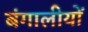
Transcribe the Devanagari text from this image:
बंगालीयों